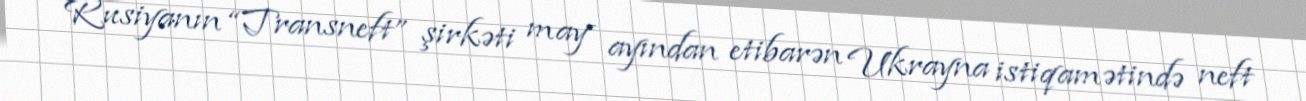
Rusiyanın “Transneft” şirkəti may ayından etibarən Ukrayna istiqamətində neft